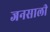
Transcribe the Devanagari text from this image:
जनसाली